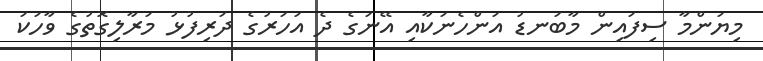
މިޔަންމާ ސިފައިން މާބަނޑު އަންހެނަކާއި އޭނަގެ ދެ އަހަރުގެ ދަރިފުޅު މަރާލިގޮތުގެ ވާހަކަ